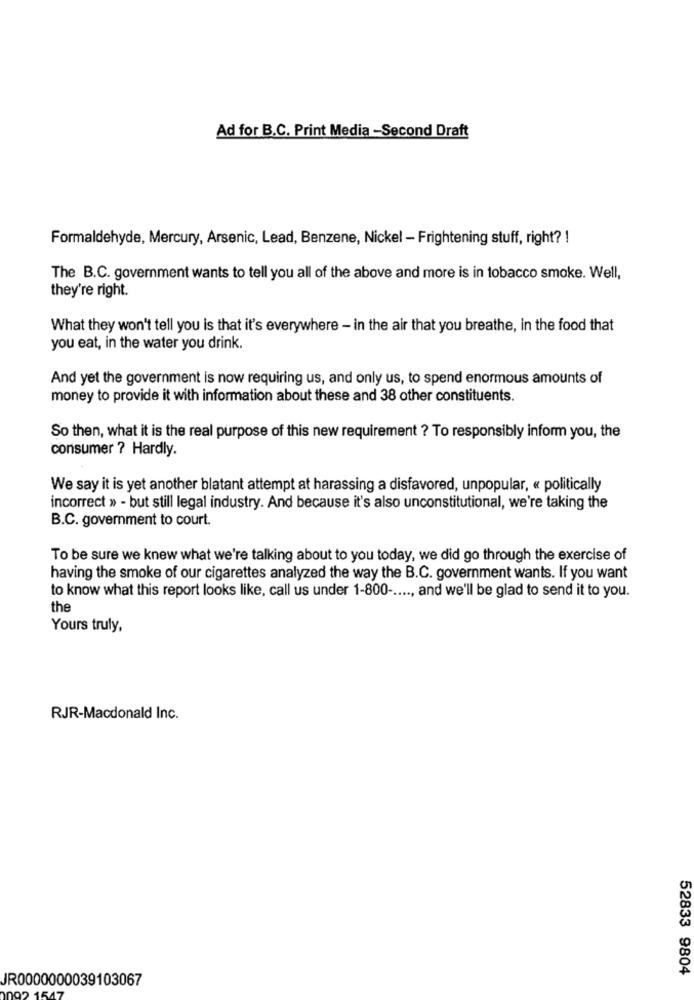
Ad for B.C. Print Media -Second Draft
Formaldehyde, Mercury, Arsenic, Lead, Benzene, Nickel - Frightening stuff, right? !
The B.C. government wants to tell you all of the above and more is in tobacco smoke. Well,
they're right.
What they won't tell you is that it's everywhere - in the air that you breathe, in the food that
you eat, in the water you drink.
And yet the government is now requiring us, and only us, to spend enormous amounts of
money to provide it with information about these and 38 other constituents.
So then, what it is the real purpose of this new requirement ? To responsibly inform you, the
consumer ? Hardly.
We say it is yet another blatant attempt at harassing a disfavored, unpopular, « politically
incorrect » - but still legal industry. And because it's also unconstitutional, we're taking the
B.C. government to court.
To be sure we knew what we're talking about to you today, we did go through the exercise of
having the smoke of our cigarettes analyzed the way the B.C. government wants. If you want
to know what this report looks like, call us under 1-800 -...., and we'll be glad to send it to you.
the
Yours truly,
RJR-Macdonald Inc.
52833 9804
JR0000000039103067
192 1547